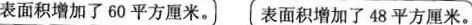
气表面积增加了60平方厘米。表面积增加了48平方厘米。